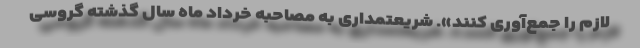
لازم را جمع‌آوری کنند». شریعتمداری به مصاحبه خرداد ماه سال گذشته گروسی